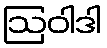
ဩဝါဒါ